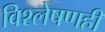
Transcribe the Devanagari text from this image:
विश्‍लेषणही